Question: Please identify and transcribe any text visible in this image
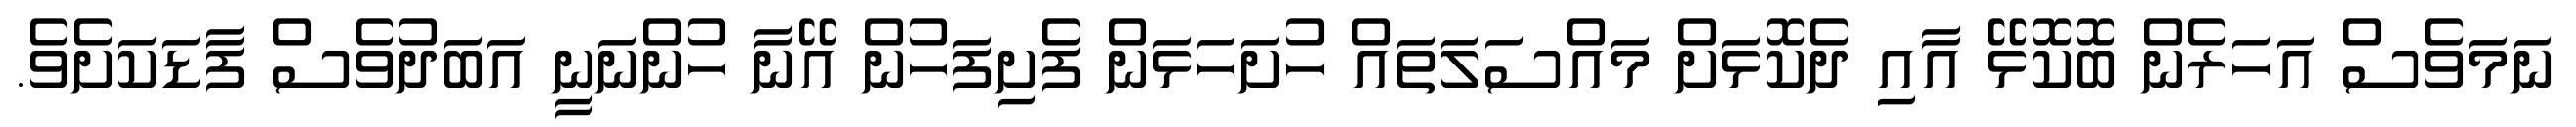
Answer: ނަމަވެސް އަހަރެން ބޮކޮޅޭ އާއި ދެކޮޅަށް މައްސަލަތައް ހުށަހަޅަން ފެށިފަހުން އޭނާ ހުންނަނީ އަބަދުވެސް ފާޑަކަށެވެ.